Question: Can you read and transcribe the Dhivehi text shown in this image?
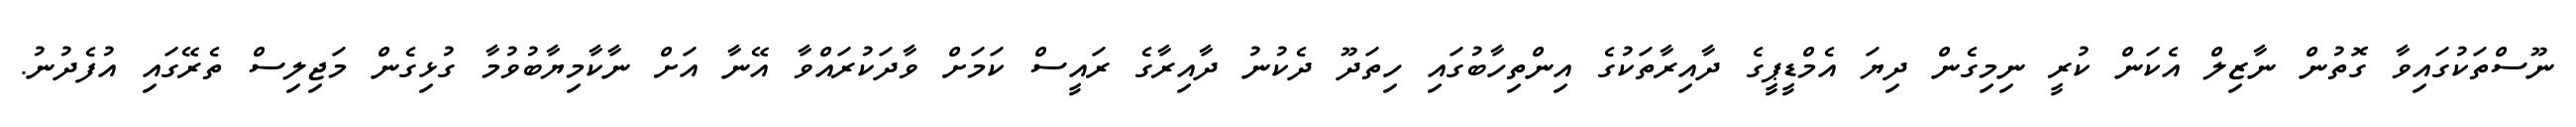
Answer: ނޫސްތަކުގައިވާ ގޮތުން ނާޒިލް އެކަން ކުރީ ނިމިގެން ދިޔަ އެމްޑީޕީގެ ދާއިރާތަކުގެ އިންތިހާބުގައި ހިތަދޫ ދެކުނު ދާއިރާގެ ރައީސް ކަމަށް ވާދަކުރައްވާ އޭނާ އަށް ނާކާމިޔާބުވުމާ ގުޅިގެން މަޖިލިސް ތެރޭގައި އުފެދުނު.